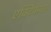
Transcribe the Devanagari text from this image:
एक्विफेक्स